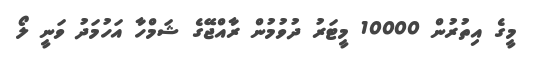
މީގެ އިތުރުން 10000 މީޓަރު ދުވުމުން ރާއްޖޭގެ ޝަމްހާ އަހުމަދު ވަނީ ލޯ